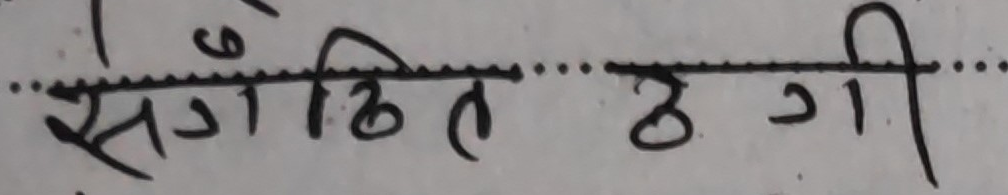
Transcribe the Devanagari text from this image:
संगठित उगी